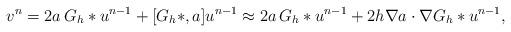
LaTeX: \begin{align*} v^n = 2a\,G_h\ast u^{n-1} + [G_h\ast, a] u^{n-1} \approx 2 a\,G_h \ast u^{n-1} + 2h \nabla a \cdot \nabla G_h \ast u^{n-1},\end{align*}